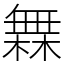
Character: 橆